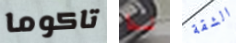
تاكوما لذا الشقة